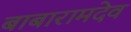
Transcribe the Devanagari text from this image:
बाबारामदेव